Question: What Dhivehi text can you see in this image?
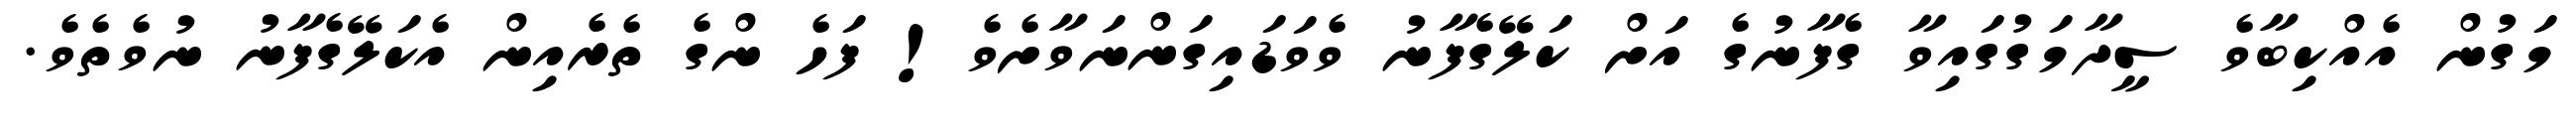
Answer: މަގުން އެއްކިބާވެ ސީދާމަގުގައިވާ ގެފާނުގެ އަށް ކަލޭގެފާނު ވެވަޑައިގަންނަވާށެވެ! ފަހެ ންގެ ތެރެއިން އެކަލޭގެފާނު ނުވެތެވެ.